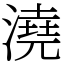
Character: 澆